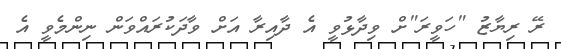
ރޭ ރިޔާޒު "ހަވީރަ"ށް ވިދާޅުވީ އެ ދާއިރާ އަށް ވާދަކުރައްވަން ނިންމެވީ އެ